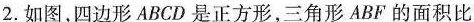
2.如图，四边形ABCD是正方形，三角形ABF的面积比